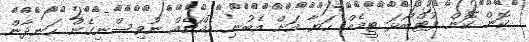
ކޮން ކޮން ފުޓްބޯޅަ ޓީމެއް ހަޔާ އަށް އެބުނި އެއްޗެއް ނުވިސްނިގެން ހަނދާން